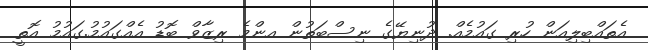
އެތައްބިލިއަން ހުރި ގައުމެއް. ދުނިޔޭގެ ނިސްބަތުން އންމެ ރިޒާވް ބޮޑު އެއްގައުމު.ގައުމު އޮތީ